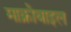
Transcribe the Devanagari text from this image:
माक्रोबाइल